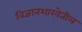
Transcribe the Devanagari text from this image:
विज्ञानशाखेतील